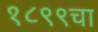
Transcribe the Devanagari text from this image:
१८९९चा